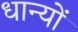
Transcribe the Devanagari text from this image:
धान्यों